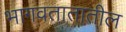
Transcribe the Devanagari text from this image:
भागवतातातील